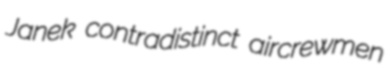
Janek contradistinct aircrewmen